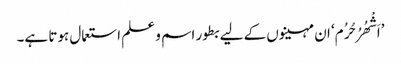
’اَشْھُرُ حُرُم‘ ان مہینوں کے لیے بطور اسم و علم استعمال ہوتا ہے۔